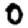
Digit: 0